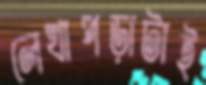
লেখাপড়াটাই